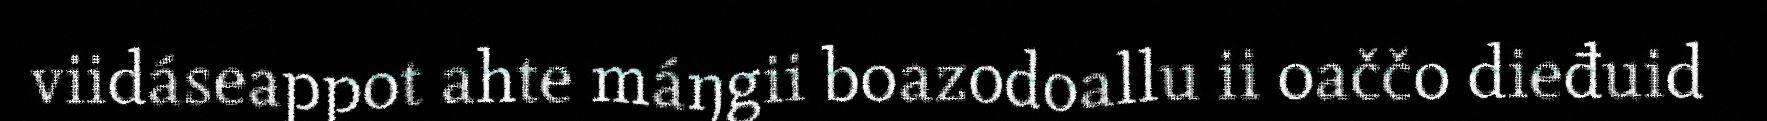
viidáseappot ahte máŋgii boazodoallu ii oaččo dieđuid